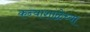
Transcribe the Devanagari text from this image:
कन्याशाळेच्या